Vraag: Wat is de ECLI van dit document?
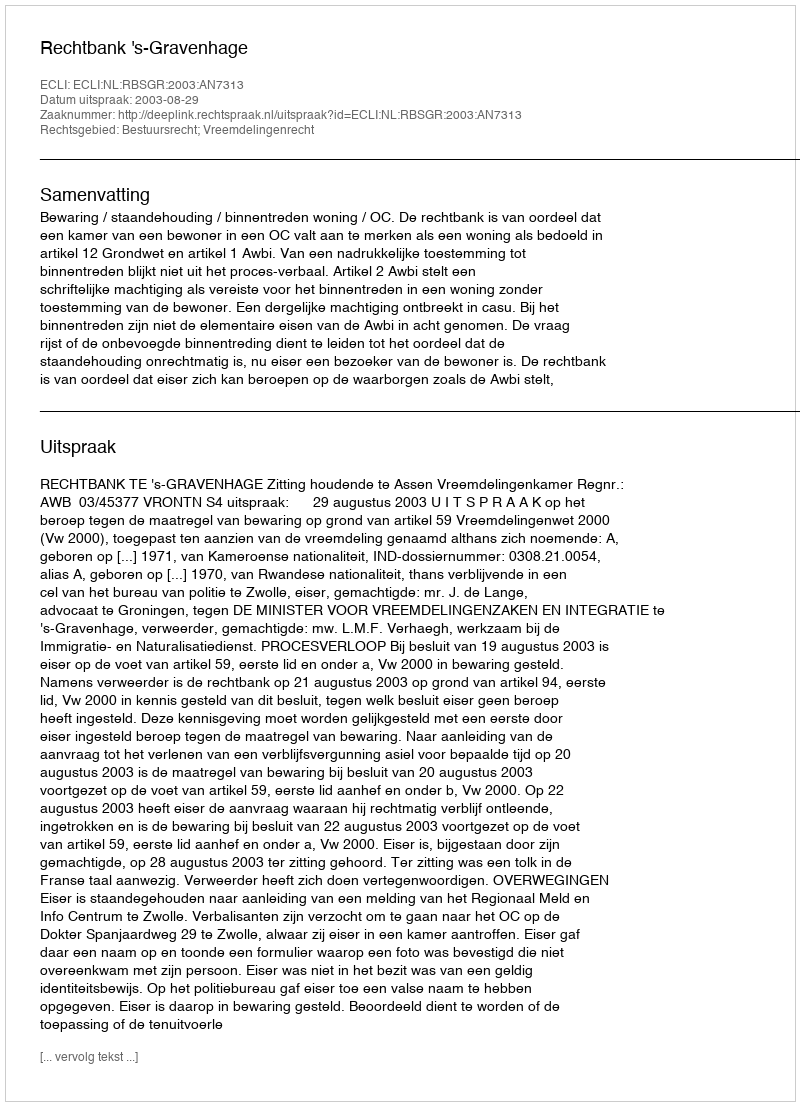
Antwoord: ECLI:NL:RBSGR:2003:AN7313